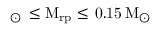
_ { \odot } \, \leq \mathrm { M _ { r \mathrm { p } } \leq \, 0 . 1 5 \, \mathrm { M _ { \odot } } }